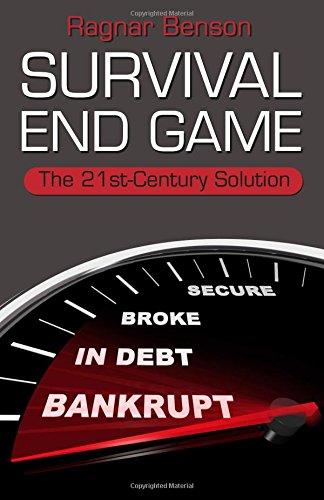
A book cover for SURVIVAL END GAME: The 21st Century Solution; Ragnar Benson; Crafts, Hobbies & Home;